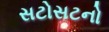
સટોસટનો